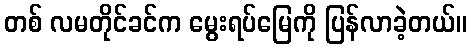
တစ် လမတိုင်ခင်က မွေးရပ်မြေကို ပြန်လာခဲ့တယ်။